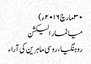
۳۰ مارچ ۲۰۱۶ء)
میانمار الیکشن
روہنگیا ، روسی ماہرین کی آراء